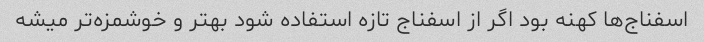
اسفناج‌ها کهنه بود اگر از اسفناج تازه استفاده شود بهتر و خوشمزه‌تر میشه